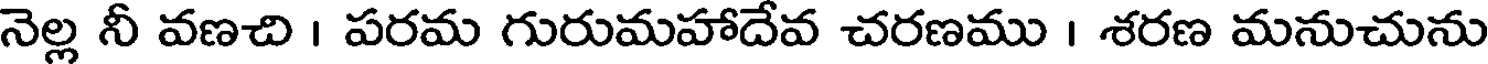
నెల్ల నీ వణచి । పరమ గురుమహాదేవ చరణము । శరణ మనుచును